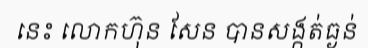
នេះ លោកហ៊ុន សែន បានសង្កត់ធ្ងន់